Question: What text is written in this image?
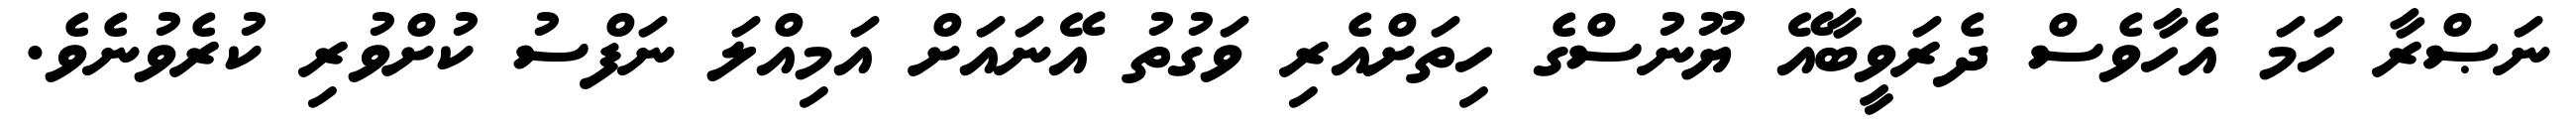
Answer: ނަޞްރާ ހަމަ އެހާވެސް ދެރަވީބާއޭ ޔޫނުސްގެ ހިތަށްއެރި ވަގުތު އޭނައަށް އަމިއްލަ ނަފްސު ކުށްވުރި ކުރެވުނެވެ.